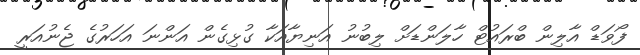
ފޯވަޑް އާލިން ބްރައުޓް ހާލަންޑަށް ލިބުނު އަނިޔާއަކާ ގުޅިގެން އަންނަ އަހަރުގެ ޖެނުއަރީ